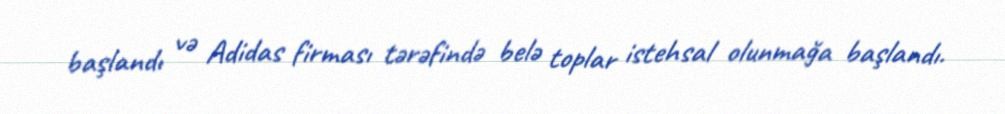
başlandı və Adidas firması tərəfində belə toplar istehsal olunmağa başlandı.